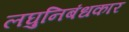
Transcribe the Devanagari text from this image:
लघुनिबंधकार